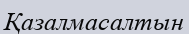
Қазалмасалтын